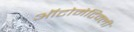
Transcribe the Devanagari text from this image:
ऑटोमेटिक्ली